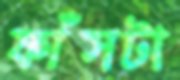
ফাঁসটা